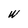
Character: W